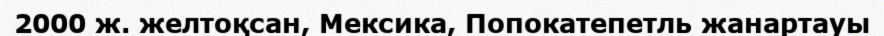
2000 ж. желтоқсан, Мексика, Попокатепетль жанартауы